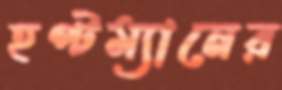
হপ্টম্যানের